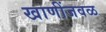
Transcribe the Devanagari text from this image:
खाणींजवळ